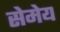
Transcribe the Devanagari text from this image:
सेमेय